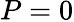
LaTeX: P=0